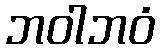
ဘဝါဘဝံ